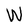
Character: W